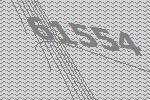
61554